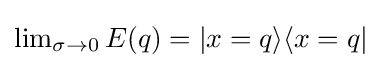
{\textstyle \lim _{\sigma \to 0}E(q)=|x=q\rangle \langle x=q|}